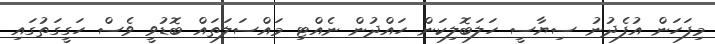
މިފަހަން އުފެދުނު ސިޔާސީ ހަލަބޮލިކަން ހައްދުން ނެއްޓި މައްސަލަތައް ބޮޑުވީ ވެސް ހަގީގަތުގައި